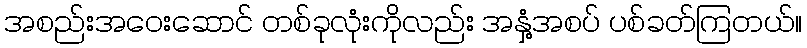
အစည်းအဝေးဆောင် တစ်ခုလုံးကိုလည်း အနှံ့အစပ် ပစ်ခတ်ကြတယ်။